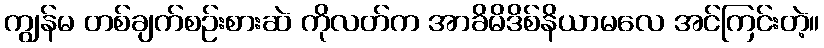
ကျွန်မ တစ်ချက်စဉ်းစားဆဲ ကိုလတ်က အာခိမိဒိစ်နိယာမလေ အင်ကြင်းတဲ့။